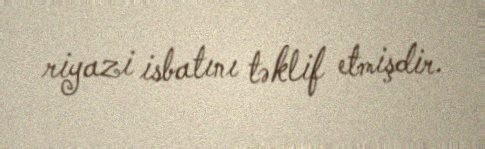
riyazi isbatını təklif etmişdir.